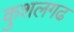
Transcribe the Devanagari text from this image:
कुशलगढ